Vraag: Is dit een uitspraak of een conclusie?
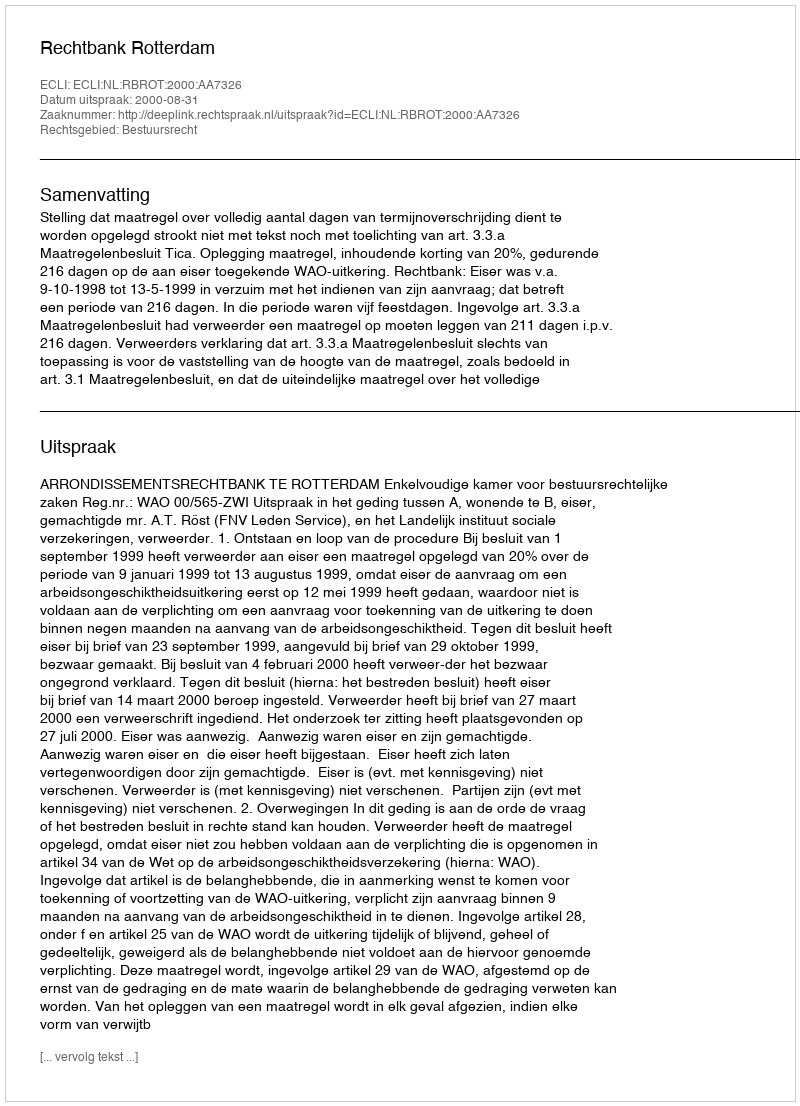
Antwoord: Uitspraak